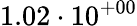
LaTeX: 1.02\cdot 10^{+00}